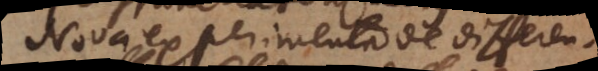
Nova experimenta de differen